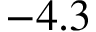
- 4 . 3